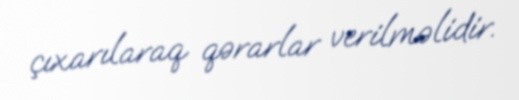
çıxarılaraq qərarlar verilməlidir.